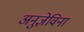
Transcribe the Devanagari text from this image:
अनुज्ञेविना